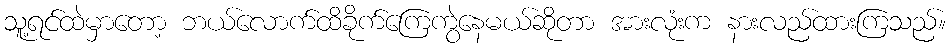
သူ့ရင်ထဲမှာတော့ ဘယ်လောက်ထိခိုက်ကြေကွဲနေမယ်ဆိုတာ အားလုံးက နားလည်ထားကြသည်။